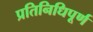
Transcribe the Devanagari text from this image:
प्रतिनिधिपूर्ण